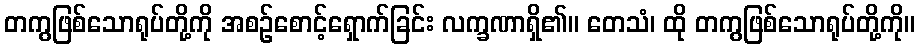
တကွဖြစ်သောရုပ်တို့ကို အစဉ်စောင့်ရှောက်ခြင်း လက္ခဏာရှိ၏။ တေသံ၊ ထို တကွဖြစ်သောရုပ်တို့ကို။